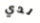
لدي